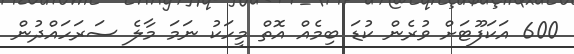
600 އަކަފޫޓަށް ވުރެން ކުޑަ ބިމެއް އޮތް މީހަކު ނަމަ މާލެ ސަރަހައްދުން